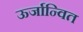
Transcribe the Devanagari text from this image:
ऊर्जान्वित